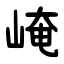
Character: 崦